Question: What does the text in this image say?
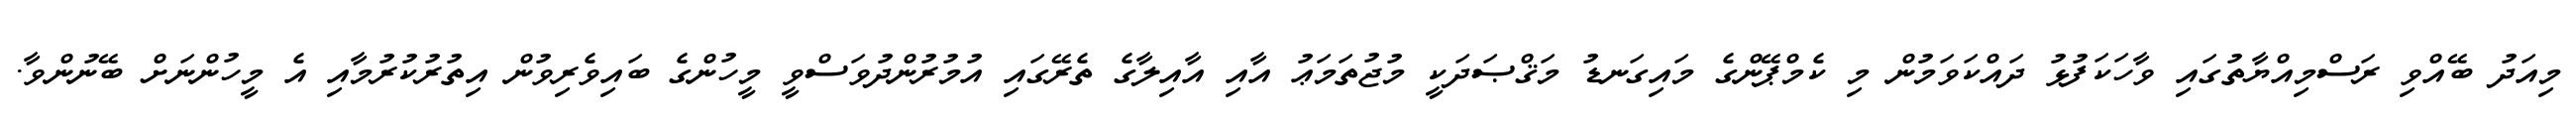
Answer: މިއަދު ބޭއްވި ރަސްމިއްޔާތުގައި ވާހަކަފުޅު ދައްކަވަމުން މި ކެމްޕޭންގެ މައިގަނޑު މަޤްޞަދަކީ މުޖުތަމަޢު އާއި އާއިލާގެ ތެރޭގައި އުމުރުންދުވަސްވީ މީހުންގެ ބައިވެރިވުން އިތުރުކުރުމާއި އެ މީހުންނަށް ބޭނުންވާ.